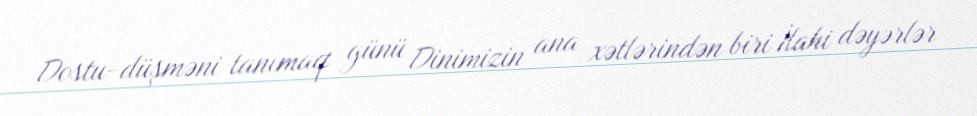
Dostu-düşməni tanımaq günü Dinimizin ana xətlərindən biri İlahi dəyərlər